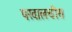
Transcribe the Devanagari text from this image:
पखालचीस